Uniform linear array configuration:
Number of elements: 16
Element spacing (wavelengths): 0.25
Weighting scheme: uniform
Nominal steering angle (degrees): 45
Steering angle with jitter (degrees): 44.672
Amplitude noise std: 0.05
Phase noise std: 0.05

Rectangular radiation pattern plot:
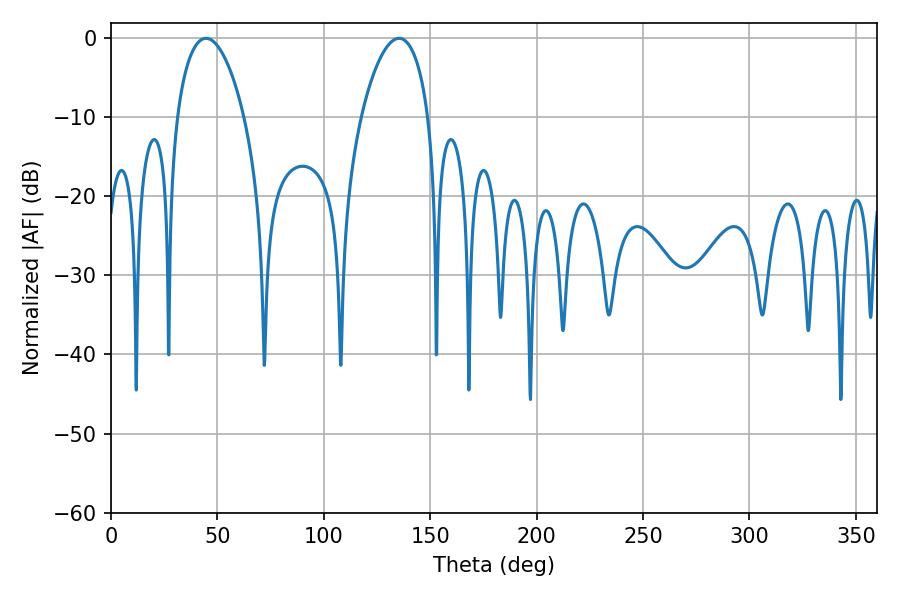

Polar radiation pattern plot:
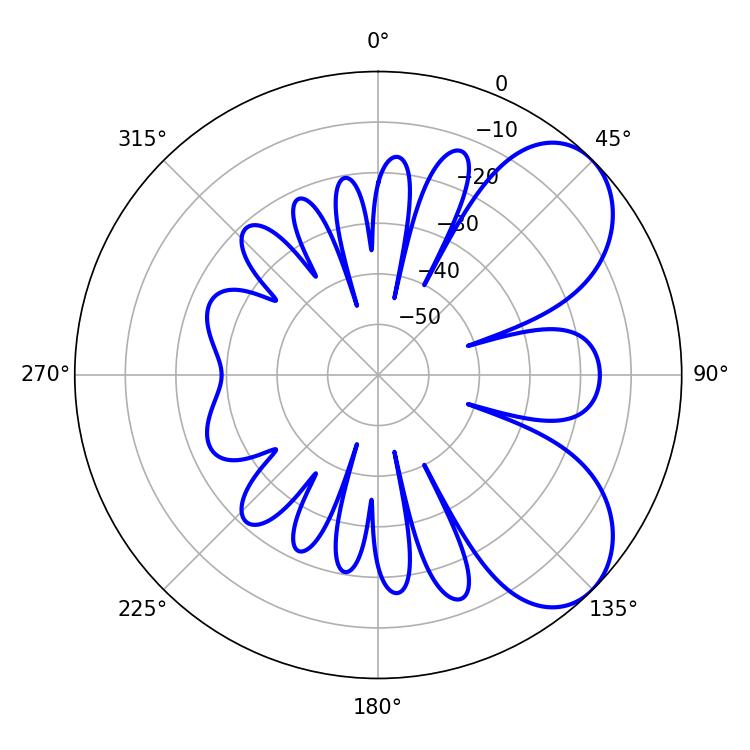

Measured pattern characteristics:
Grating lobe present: FALSE
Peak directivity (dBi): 6.263
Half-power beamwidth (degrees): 18
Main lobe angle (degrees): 44.64